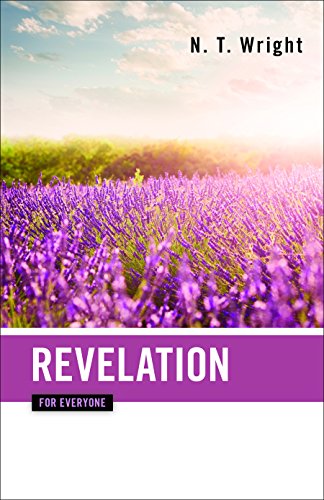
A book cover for Revelation for Everyone (The New Testament for Everyone); N. T. Wright; Christian Books & Bibles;